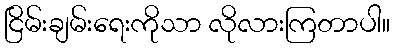
ငြိမ်းချမ်းရေးကိုသာ လိုလားကြတာပါ။